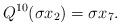
LaTeX: \begin{align*} Q^{10} (\sigma x_2) = \sigma x_7. \end{align*}